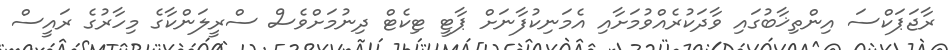
ރާޖަޕަކްސަ އިންތިޚާބުގައި ވާދަކުރެއްވުމަށާއި އެމަނިކުފާނަށް ޕާޓީ ޓިކެޓް ދިނުމަށްވެސް ސްރީލަންކާގެ މިހާރުގެ ރައީސް